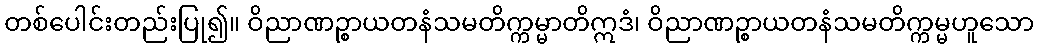
တစ်ပေါင်းတည်းပြု၍။ ဝိညာဏဉ္စာယတနံသမတိက္ကမ္မာတိဣဒံ၊ ဝိညာဏဉ္စာယတနံသမတိက္ကမ္မဟူသော